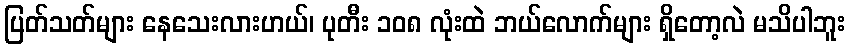
ပြတ်သတ်များ နေသေးလားဟယ်၊ ပုတီး ၁၀၈ လုံးထဲ ဘယ်လောက်များ ရှိတော့လဲ မသိပါဘူး